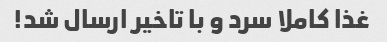
غذا کاملا سرد و با تاخیر ارسال شد!